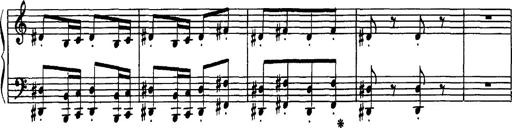
Title: Hungarian Rhapsody No.16
Composer: Franz Liszt
Key: A minor